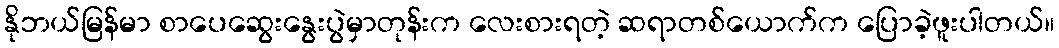
နိုဘယ်မြန်မာ စာပေဆွေးနွေးပွဲမှာတုန်းက လေးစားရတဲ့ ဆရာတစ်ယောက်က ပြောခဲ့ဖူးပါတယ်။